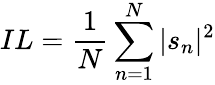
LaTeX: IL=\frac{1}{N}\sum_{n=1}^{N}|s_{n}|^{2}